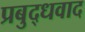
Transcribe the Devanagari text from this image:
प्रबुद्धवाद